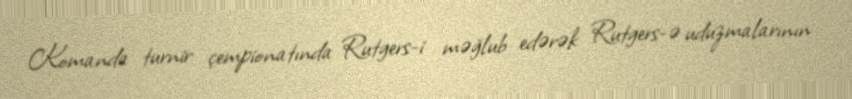
Komanda turnir çempionatında Rutgers-i məğlub edərək Rutgers-ə uduzmalarının